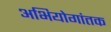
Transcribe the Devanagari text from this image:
अभियोगांतक